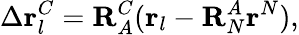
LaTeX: \Delta\mathbf{r}_{l}^{C}=\mathbf{R}_{A}^{C}(\mathbf{r}_{l}-\mathbf{R}_{N}^{A}\mathbf{r}^{N}),